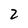
Character: 2